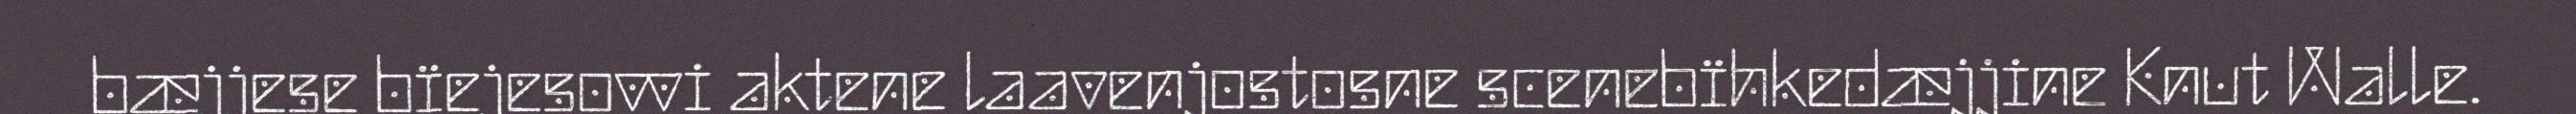
bæjjese bïejesovvi aktene laavenjostosne scenebïhkedæjjine Knut Walle.